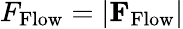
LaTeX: F_{\mathrm{Flow}}=|\textbf{F}_{\mathrm{Flow}}|